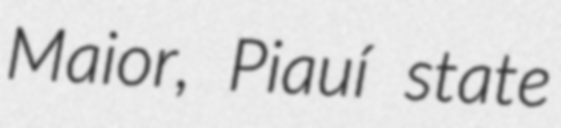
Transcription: Maior, Piauí state